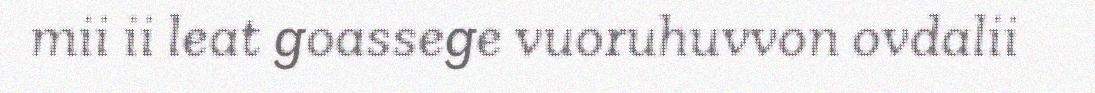
mii ii leat goassege vuoruhuvvon ovdalii